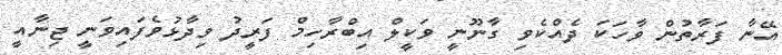
އޭނާ ފަރާތުން ވާހަކަ ދެއްކެވި ގާނޫނީ ވަކީލް އިބްރާހިމް ފަރީދު ވިދާޅުވެފައިވަނީ ޖިނާއީ